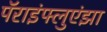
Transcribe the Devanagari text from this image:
पॅराइंफ्लुएंझा